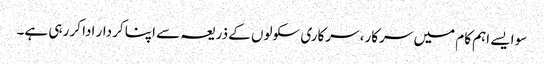
سو ایسے اہم کام میں سرکار، سرکاری سکولوں کے ذریعہ سے اپنا کردار ادا کر رہی ہے۔